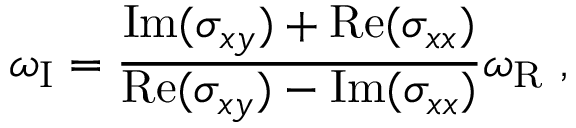
\omega _ { \mathrm { I } } = \frac { \mathrm { I m } ( \sigma _ { x y } ) + \mathrm { R e } ( \sigma _ { x x } ) } { \mathrm { R e } ( \sigma _ { x y } ) - \mathrm { I m } ( \sigma _ { x x } ) } \omega _ { \mathrm { R } } \ ,